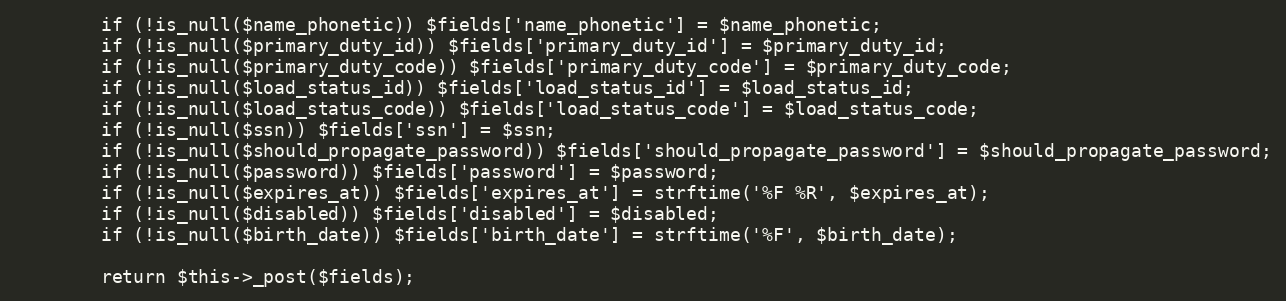
Language: PHP
        if (!is_null($name_phonetic)) $fields['name_phonetic'] = $name_phonetic;
        if (!is_null($primary_duty_id)) $fields['primary_duty_id'] = $primary_duty_id;
        if (!is_null($primary_duty_code)) $fields['primary_duty_code'] = $primary_duty_code;
        if (!is_null($load_status_id)) $fields['load_status_id'] = $load_status_id;
        if (!is_null($load_status_code)) $fields['load_status_code'] = $load_status_code;
        if (!is_null($ssn)) $fields['ssn'] = $ssn;
        if (!is_null($should_propagate_password)) $fields['should_propagate_password'] = $should_propagate_password;
        if (!is_null($password)) $fields['password'] = $password;
        if (!is_null($expires_at)) $fields['expires_at'] = strftime('%F %R', $expires_at);
        if (!is_null($disabled)) $fields['disabled'] = $disabled;
        if (!is_null($birth_date)) $fields['birth_date'] = strftime('%F', $birth_date);

        return $this->_post($fields);